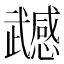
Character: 𭭹